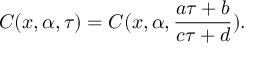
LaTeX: C ( x , \alpha , \tau ) = C ( x , \alpha , \frac { a \tau + b } { c \tau + d } ) .